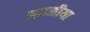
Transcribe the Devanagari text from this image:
खामीया